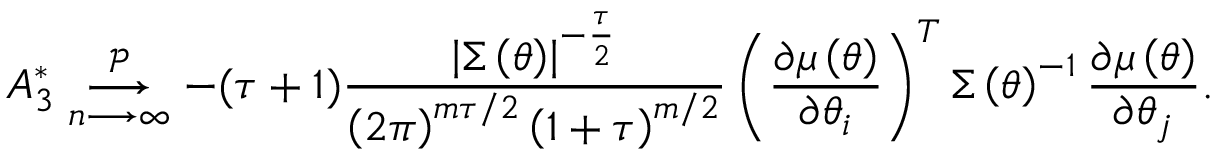
A _ { 3 } ^ { \ast } \underset { n \longrightarrow \infty } { \overset { \mathcal { P } } { \longrightarrow } } - ( \tau + 1 ) \frac { \left\vert \boldsymbol { \Sigma } \left( \boldsymbol { \theta } \right) \right\vert ^ { - \frac { \tau } { 2 } } } { \left( 2 \pi \right) ^ { m \tau / 2 } \left( 1 + \tau \right) ^ { m / 2 } } \left( \frac { \partial \boldsymbol { \mu } \left( \boldsymbol { \theta } \right) } { \partial \theta _ { i } } \right) ^ { T } \boldsymbol { \Sigma } \left( \boldsymbol { \theta } \right) ^ { - 1 } \frac { \partial \boldsymbol { \mu } \left( \boldsymbol { \theta } \right) } { \partial \theta _ { j } } .